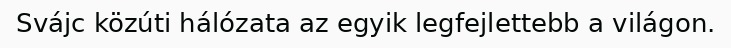
Svájc közúti hálózata az egyik legfejlettebb a világon.